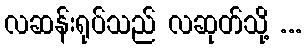
လဆန်းရုပ်သည် လဆုတ်သို့ ...